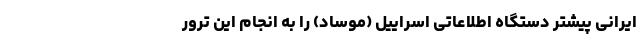
ایرانی پیشتر دستگاه اطلاعاتی اسراییل (موساد) را به انجام این ترور